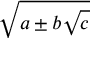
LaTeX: \sqrt { a \pm b { \sqrt { c } } }